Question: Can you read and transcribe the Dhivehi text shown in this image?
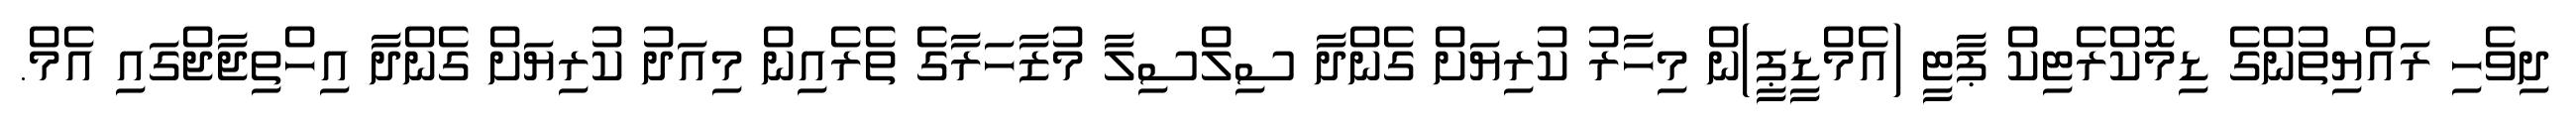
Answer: ދިވެހި ރައްޔިތުންގެ ޑިމޮކްރެޓިކް ޕާޓީ (އެމްޑީޕީ)ން މިހާރު ކުރިޔަށް ގެންދާ ސިލްސިލާ މުޒާހަރާގެ ތެރެއިން މިއަދު ކުރިޔަށް ގެންދާ އިހްތިޖާޖްގައި އެމް.